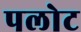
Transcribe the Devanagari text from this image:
पलोट